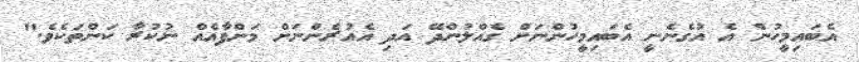
އެބައިމީހުން އެ އުގެނެނީ އެބައިމީހުންނަށް ގެއްލުންދޭ އަދި އެއުރެންނަށް މަންފާއެއް ނުކުރާ ކަންތަކެވެ."